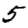
Digit: 5